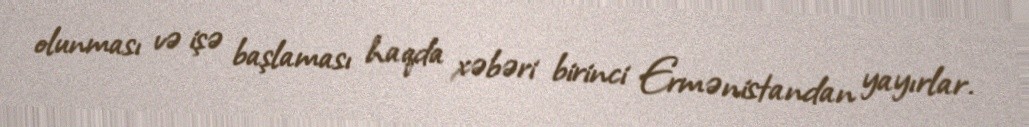
olunması və işə başlaması haqda xəbəri birinci Ermənistandan yayırlar.